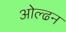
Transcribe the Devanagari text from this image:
ओल्ढन